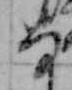
な